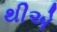
થીએ